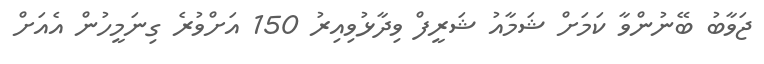
ޖަވާބު ބޭނުންވާ ކަމަށް ޝަމާއު ޝަރީފް ވިދާޅުވިއިރު 150 އަށްވުރެ ގިނަމީހުން އެއަށް